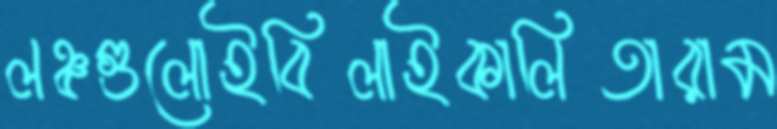
লঞ্চগুলোইবিলাইকালিতারাম